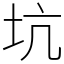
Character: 坑